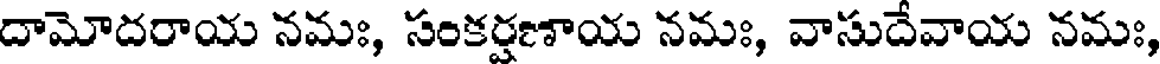
దామోదరాయ నమః, సంకర్షణాయ నమః, వాసుదేవాయ నమః,